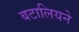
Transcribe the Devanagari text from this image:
बटालियने